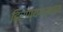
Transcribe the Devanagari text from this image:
हिरण्यगर्भाय